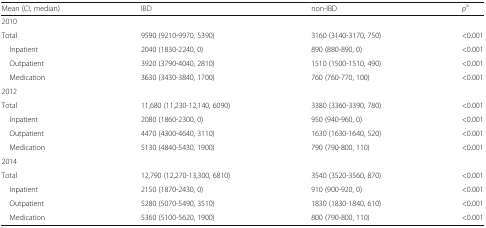
| Mean (CI, median) | IBD | non-IBD | pa |
 | --- | --- | --- | --- |
 | <COLSPAN=4> 2010 |
 | Total | 9590 (9210-9970, 5390) | 3160 (3140-3170, 750) | <0.001 |
 | Inpatient | 2040 (1830-2240, 0) | 890 (880-890, 0) | <0.001 |
 | Outpatient | 3920 (3790-4040, 2810) | 1510 (1500-1510, 490) | <0.001 |
 | Medication | 3630 (3430-3840, 1700) | 760 (760-770, 100) | <0.001 |
 | <COLSPAN=4> 2012 |
 | Total | 11,680 (11,230-12,140, 6090) | 3380 (3360-3390, 780) | <0.001 |
 | Inpatient | 2080 (1860-2300, 0) | 950 (940-960, 0) | <0.001 |
 | Outpatient | 4470 (4300-4640, 3110) | 1630 (1630-1640, 520) | <0.001 |
 | Medication | 5130 (4840-5430, 1900) | 790 (790-800, 110) | <0.001 |
 | <COLSPAN=4> 2014 |
 | Total | 12,790 (12,270-13,300, 6810) | 3540 (3520-3560, 870) | <0.001 |
 | Inpatient | 2150 (1870-2430, 0) | 910 (900-920, 0) | <0.001 |
 | Outpatient | 5280 (5070-5490, 3510) | 1830 (1830-1840, 610) | <0.001 |
 | Medication | 5360 (5100-5620, 1900) | 800 (790-800, 110) | <0.001 |